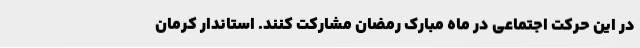
در این حرکت اجتماعی در ماه مبارک رمضان مشارکت کنند. استاندار کرمان